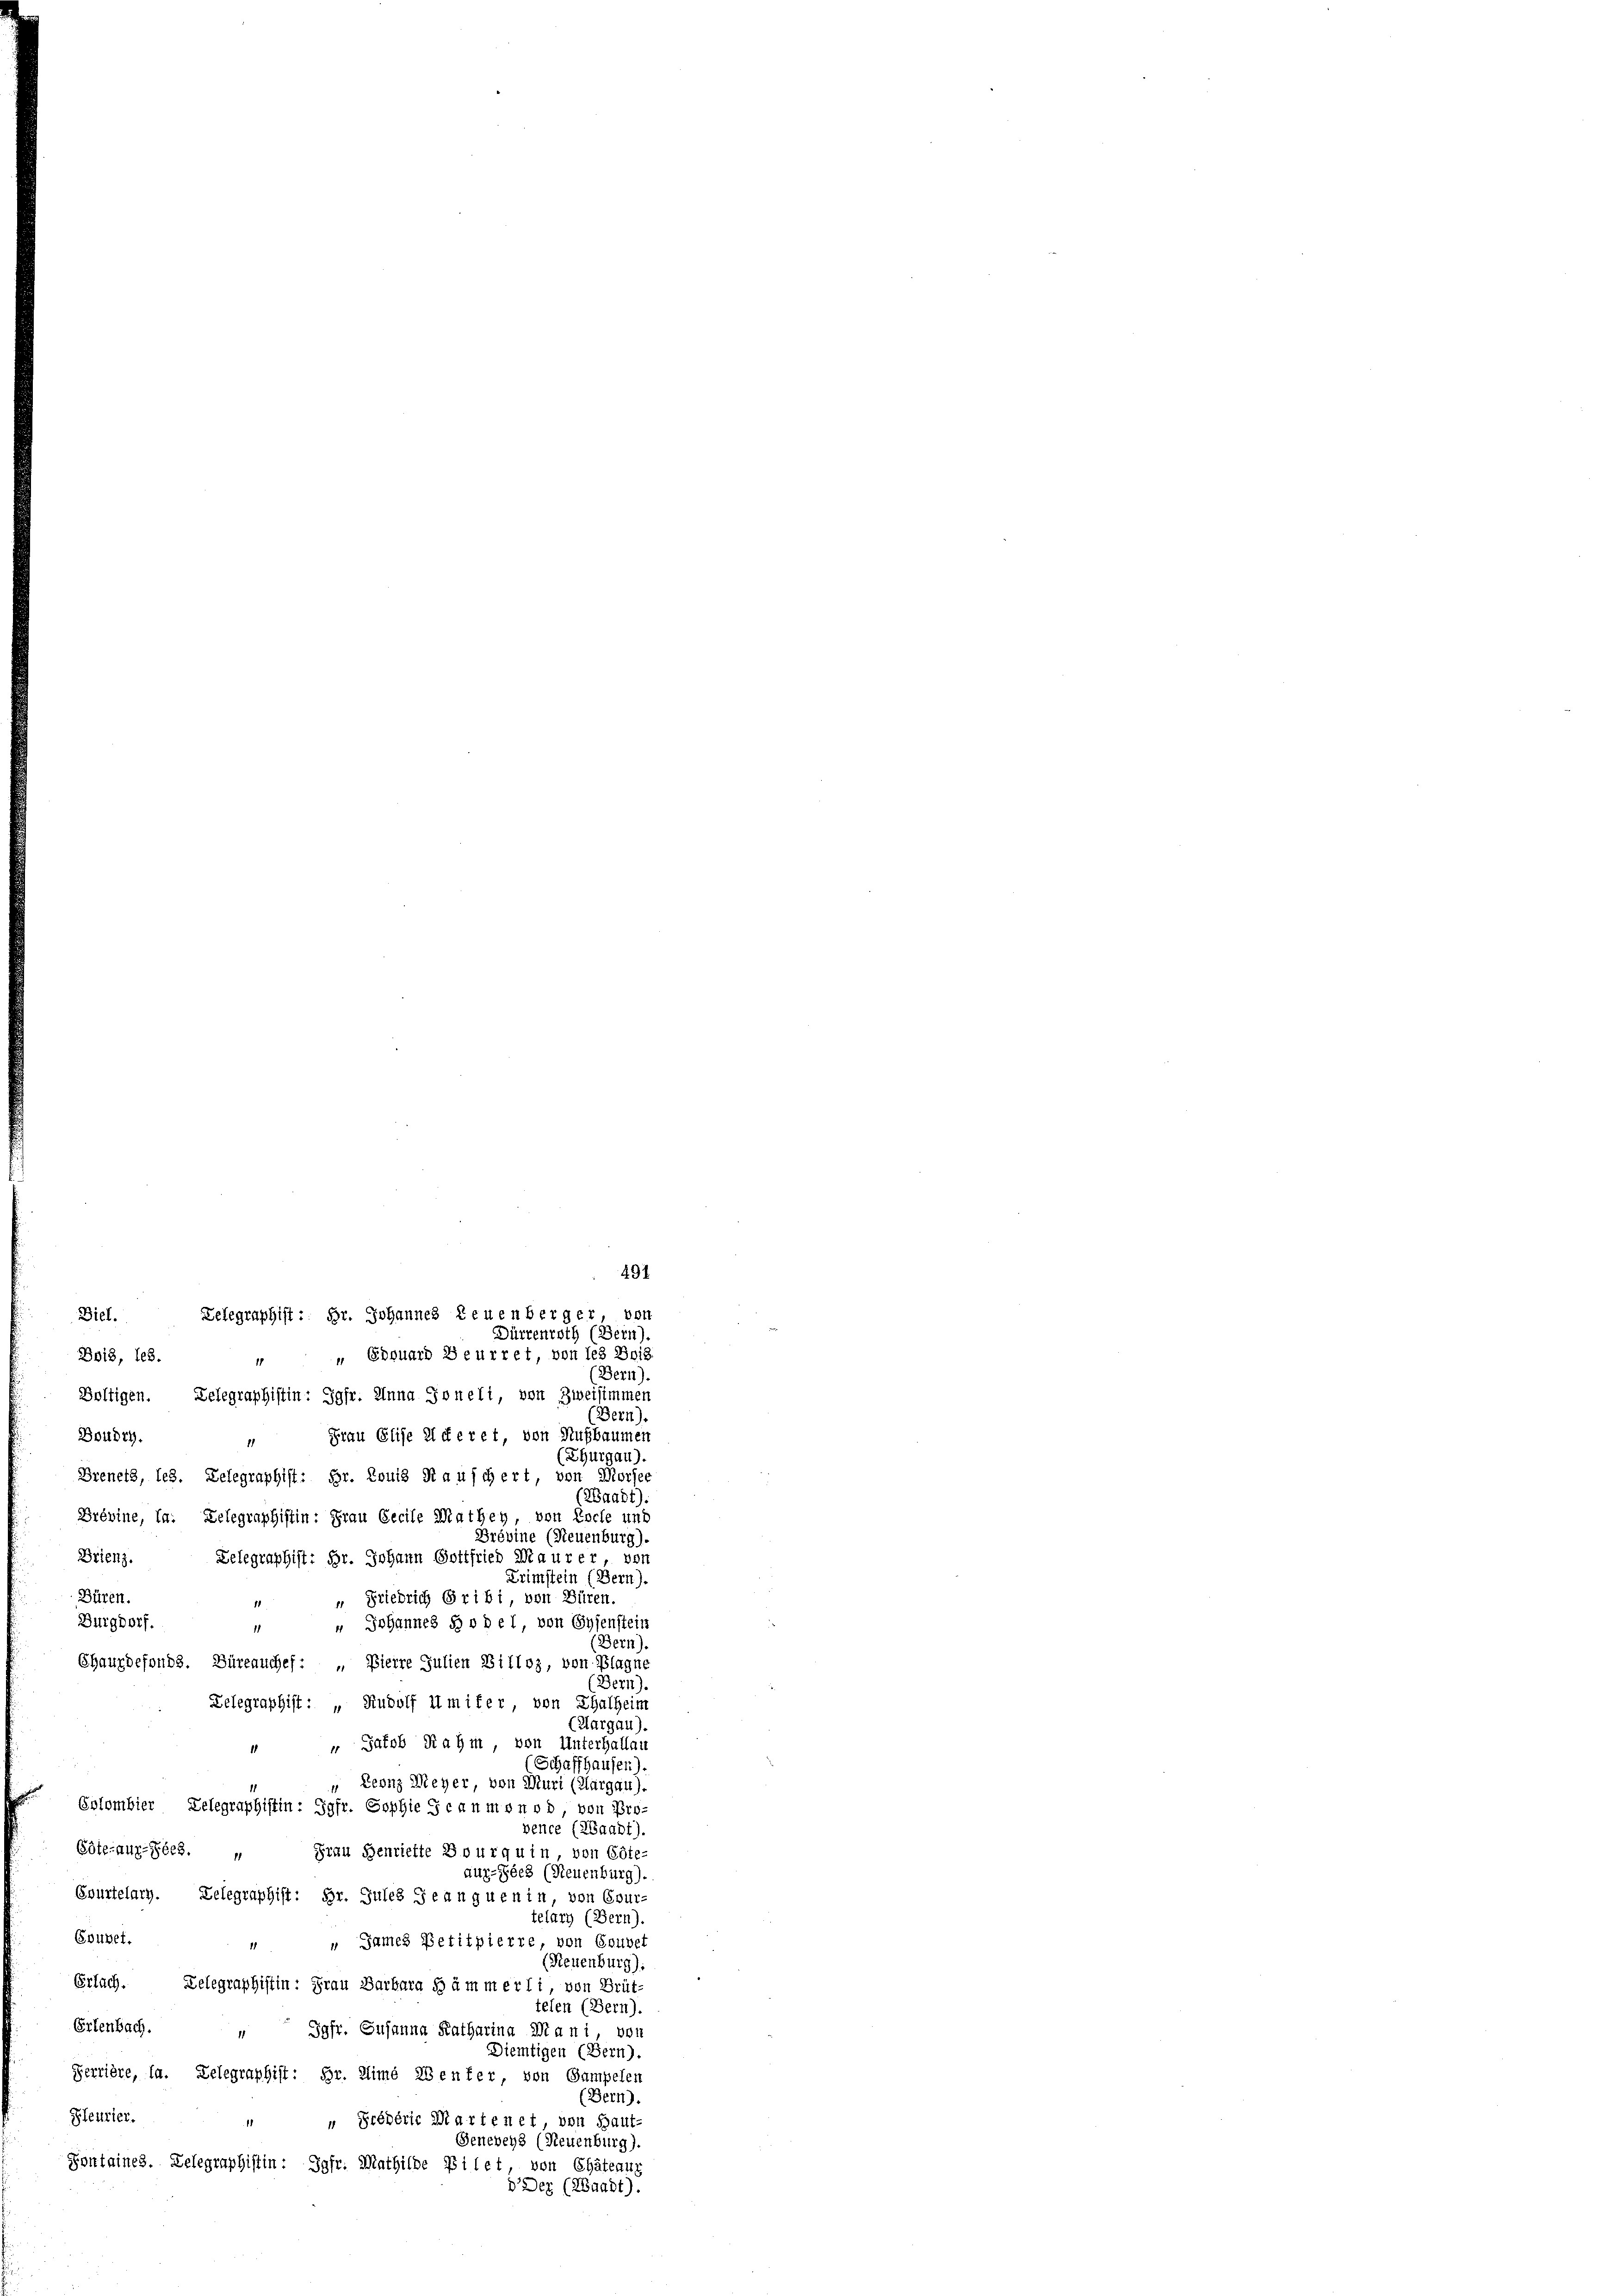
Bois, les.
Boltigen. Telegraphistin: Jgfr. Anna Joneli, von Zweisimmen
Boudry.
" Frau Elise il deret, von Aufbaumen
Breners, les. Delegraphist: Hr. Louis Rauschert, von Morsee
Brévine, in: Delegraphistin: Frau Secile Mathey, von Rache und
Brévine (Neuenburg)
Brienz. Gelegraphist: Hr. Johann Gottfried Maurer, von
Krimstein (Bern).
Büren.
“ Friedrich Gribi von Büren.
" Johannes so del, von Essenstein
Burgdorf.
1
Shauzdefonds. Büreauchef: „Bierre Julien Billoz, von Plagne
Telegraphist: „Rudolf imiter von Thalheim
“ “ Jakob Rahm, von Unterhallau
(Schaffhausen).
Leonz Meyer, von Muri (Margau).
Eolombier, Telegraphistin : Jgfr. Sophie Gcanmen ob, von Pro-
vence (Waadt).
Eöteraus-Ges.  Frau Henriette Bourquin von Göte-
auz-Zöes (Neuenburg).
Evurtelary. Telegraphist: Hr. Jules Jeanguenin, von Cour-
telary (Bern).
Grubel.
 " James Petitpierre, von Gouvet
Erlach. Delegraphistin: Frau Barbara dämmerli von Brüt-
teten (Bern).
Erlenbach. " Jgfr. Susanna Katharina Mani von
Diemtigen (Bern).
Perrière, la. Telegraphist: Hr. Zime Zenfer von Gampelen
Pleurier.
"Prébérie Martenet von Haut-
1
Generey (Neuenburg).
Sontaines. Telegraphistin : Jgfr. Mathilde Filet, von Chateauz
d. Der (Waadt).

Diel. Telegraphist: Hr. Johannes Leuenberger von
“ „ Edouard Beurret, von les Bo18.
(Bern).

11

491
Dürrenroth (Bern).

Bern).
(Thurgau).
(Waadt):
(Bern).
(Bern).
(Aargau).
(Neuenburg).
(Bern).